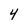
Character: 4